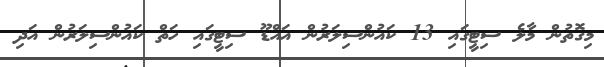
މިގޮތުން މާލެ ސިޓީގައި 13 ކައުންސިލަރުން އައްޑޫ ސިޓީގައި ހަތް ކައުންސިލަރުން އަދި